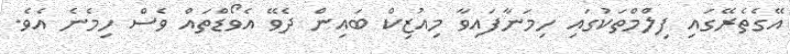
އޭގެެތެރޭގައި ފިލްމްތަކުގައި ހިމަނާފައިވާ މިއުޒިކް ބައިން ދެވޭ އެވޯޑްތައް ވެސް ހިމެނެ އެވެ.